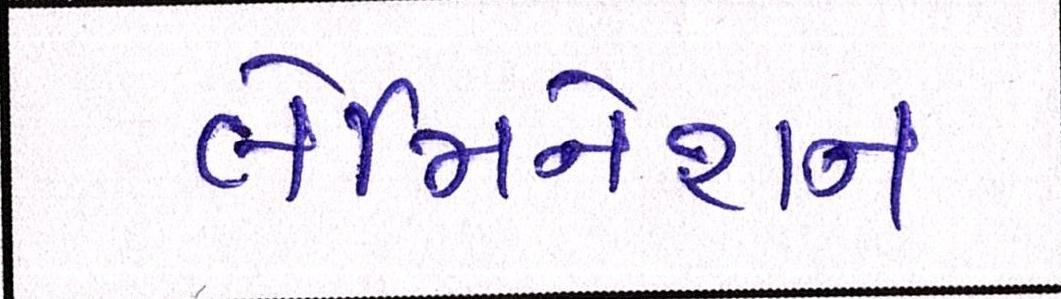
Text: લેમિનેશન